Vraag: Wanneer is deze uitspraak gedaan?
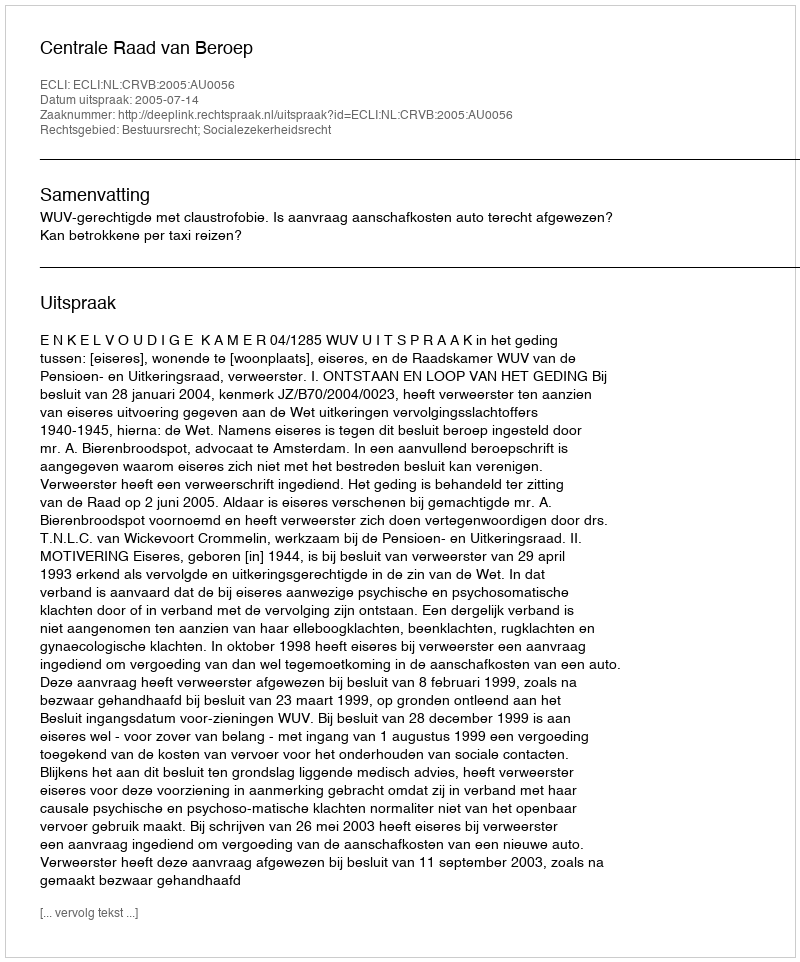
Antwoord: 2005-07-14